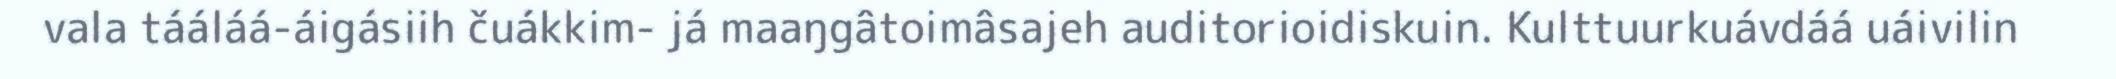
vala tááláá-áigásiih čuákkim- já maaŋgâtoimâsajeh auditorioidiskuin. Kulttuurkuávdáá uáivilin